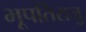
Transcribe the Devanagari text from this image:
भूपतिराजु